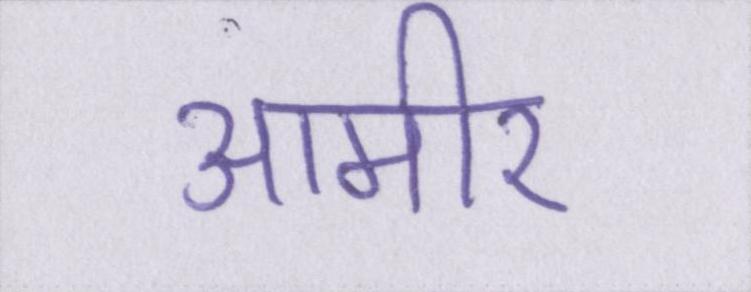
आमीर